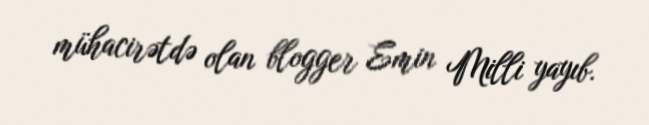
mühacirətdə olan blogger Emin Milli yayıb.